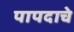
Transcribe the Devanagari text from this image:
पापदाचे